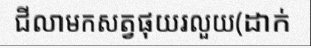
ជីលាមកសត្វផុយរលួយ(ដាក់